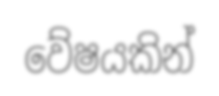
වේෂයකින්